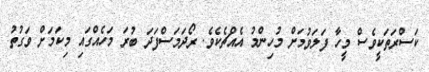
ކަސްރަތަކީވެސް މީހާ ފަލަވުމަށް މުހިންމު އެއްޗެކެވެ. ރޯދަމަސްފަދަ ބުރަ މަހެއްގައި މިކަމަށް ވަގުތު